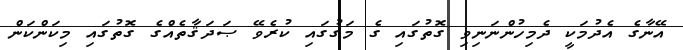
އޭނާގެ އެދުމަކީ ދެމިހުންނަނިވި ގޮތުގައި ގެ މަގުގައި ކުރެވޭ ޞަދަޤާތެއްގެ ގޮތުގައި މިކަންކަން